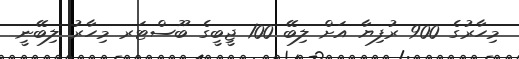
މިހާރުގެ 900 ރުފިޔާ އަށް ލިބޭ 100 ޖީބީގެ ބޫސްޓަރ މިހާރު ލިބޭނީ